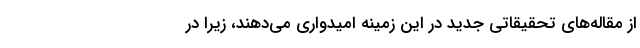
از مقاله‌های تحقیقاتی جدید در این زمینه امیدواری می‌دهند، زیرا در